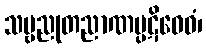
သဗ္ဗညုတညာဏပ္ပဋိဝေဓံ၊